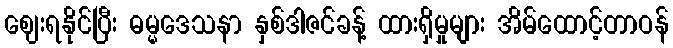
ဈေးရနိုင်ပြီး ဓမ္မဒေသနာ နှစ်ဒါဇင်ခန့် ထားရှိမှုများ အိမ်ထောင့်တာဝန်